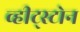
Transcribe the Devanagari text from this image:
व्हीट्स्टोन